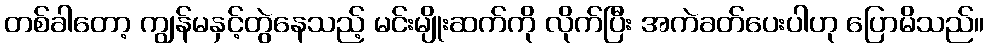
တစ်ခါတော့ ကျွန်မနှင့်တွဲနေသည့် မင်းမျိုးဆက်ကို လိုက်ပြီး အကဲခတ်ပေးပါဟု ပြောမိသည်။